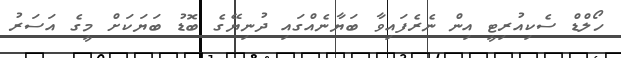
ހޯލްޑް ސެކިއުރިޓީ އިން ނެރެފައިވާ ބަޔާނެއްގައި ދުނިޔޭގެ ބޮޑު ބަޔަކަށް މީގެ އަސަރު